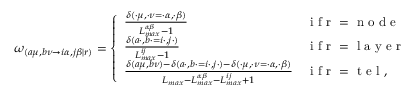
\begin{array} { r } { \omega _ { ( a \mu , b \nu \rightarrow i \alpha , j \beta | r ) } = \left\{ \begin{array} { l l } { \frac { \delta ( \cdot \mu , \cdot \nu = \cdot \alpha , \cdot \beta ) } { L _ { m a x } ^ { \alpha \beta } - 1 } } & { \mathrm { ~ i ~ f ~ r ~ = ~ n ~ o ~ d ~ e ~ } } \\ { \frac { \delta ( a \cdot , b \cdot = i \cdot , j \cdot ) } { L _ { m a x } ^ { i j } - 1 } } & { \mathrm { ~ i ~ f ~ r ~ = ~ l ~ a ~ y ~ e ~ r ~ } } \\ { \frac { \delta ( a \mu , b \nu ) - \delta ( a \cdot , b \cdot = i \cdot , j \cdot ) - \delta ( \cdot \mu , \cdot \nu = \cdot \alpha , \cdot \beta ) } { L _ { m a x } - L _ { m a x } ^ { \alpha \beta } - L _ { m a x } ^ { i j } + 1 } } & { \mathrm { ~ i ~ f ~ r ~ = ~ t ~ e ~ l ~ } , } \end{array} \right. } \end{array}